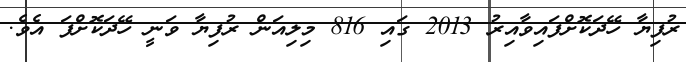
ރުފިޔާ ހޭދަކޮށްފައިވާއިރު 2013 ގައި 816 މިލިއަން ރުފިޔާ ވަނީ ހޭދަކޮށްފަ އެވެ.